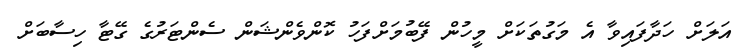
އަލަށް ހަދާފައިވާ އެ މަގުތަކަށް މީހުން ފޭބުމަށްފަހު ކޮންވެންޝަން ސެންޓަރުގެ ގޭޓާ ހިސާބަށް